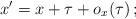
LaTeX: \begin{align*}x' = x + \tau + o_x(\tau)\, ;\end{align*}